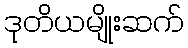
ဒုတိယမျိုးဆက်